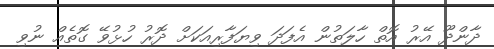
ދާންދޫ އޭރު އޮތް ހާލަތުން އެފަދަ ވިޔަފާރިއަކަށް ދޮރު ހުޅުވޭ ގޮތެއް ނުވި